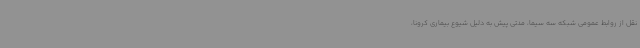
نقل از روابط عمومی شبکه سه سیما، مدتی پیش به دلیل شیوع بیماری کرونا،